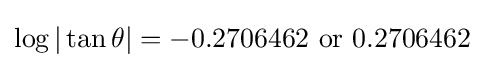
\log |\tan \theta |=-0.2706462{\text{ or }}0.2706462